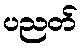
ပညတ်